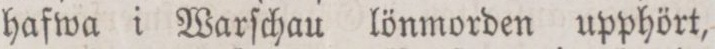
hafwa i Warſchau lönmorden upphört,